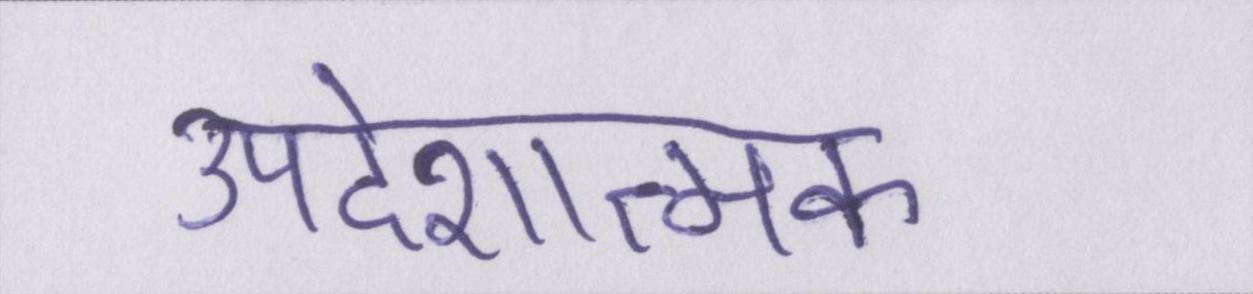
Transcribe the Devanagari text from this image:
उपदेशात्मक